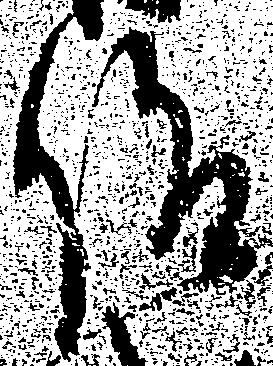
仰